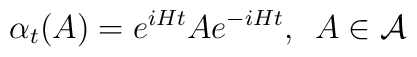
\alpha _{t}(A)=e^{iHt}Ae^{-iHt},\,\,\,A\in \mathcal{A}